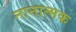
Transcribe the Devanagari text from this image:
नानात्मक